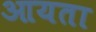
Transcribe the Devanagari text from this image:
आयता